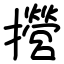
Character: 攚